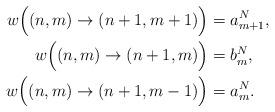
LaTeX: \begin{align*}w\Big((n,m)\rightarrow (n+1,m+1)\Big)& =a_{m+1}^N,\\w\Big((n,m)\rightarrow (n+1,m)\Big)& =b_{m}^N,\\w\Big((n,m)\rightarrow (n+1,m-1)\Big)& =a_{m}^N.\end{align*}